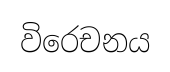
විරෙචනය